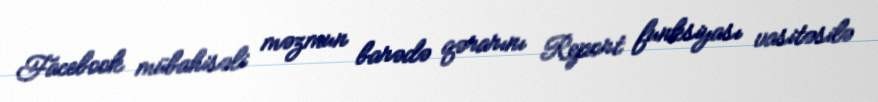
Facebook mübahisəli məzmun barədə qərarını Report funksiyası vasitəsilə